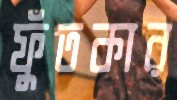
ফুঁতকার